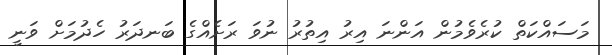
މަސައްކަތް ކުރެވެމުން އަންނަ އިރު އިތުރު ނުވަ ރަށެއްގެ ބަނދަރު ހެދުމަށް ވަނީ